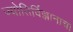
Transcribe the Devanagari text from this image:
ज्योतिर्विज्ञानाचा